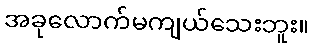
အခုလောက်မကျယ်သေးဘူး။